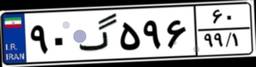
۹۰گ۵۹۶۶۰